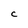
Character: c